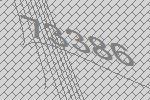
73386